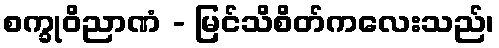
စက္ခုဝိညာဏံ - မြင်သိစိတ်ကလေးသည်၊